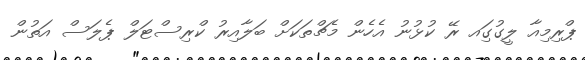
ޕްރިމިއާ ލީގުގަިއ ރޭ ކުޅުނު އެހެން މެޗްތަކަށް ބަލާއިރު ކްރިސްޓަލް ޕެލަސް އަތުން